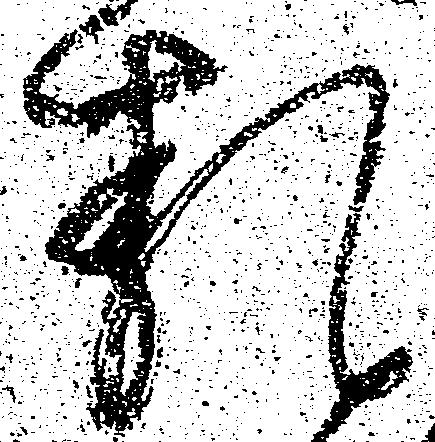
類